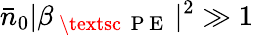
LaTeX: \bar{n}_{0}|\beta_{\mathrm{~\textsc~{~P~E~}~}}|^{2}\gg 1